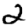
Digit: 2